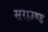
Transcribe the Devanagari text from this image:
सराउण्ड